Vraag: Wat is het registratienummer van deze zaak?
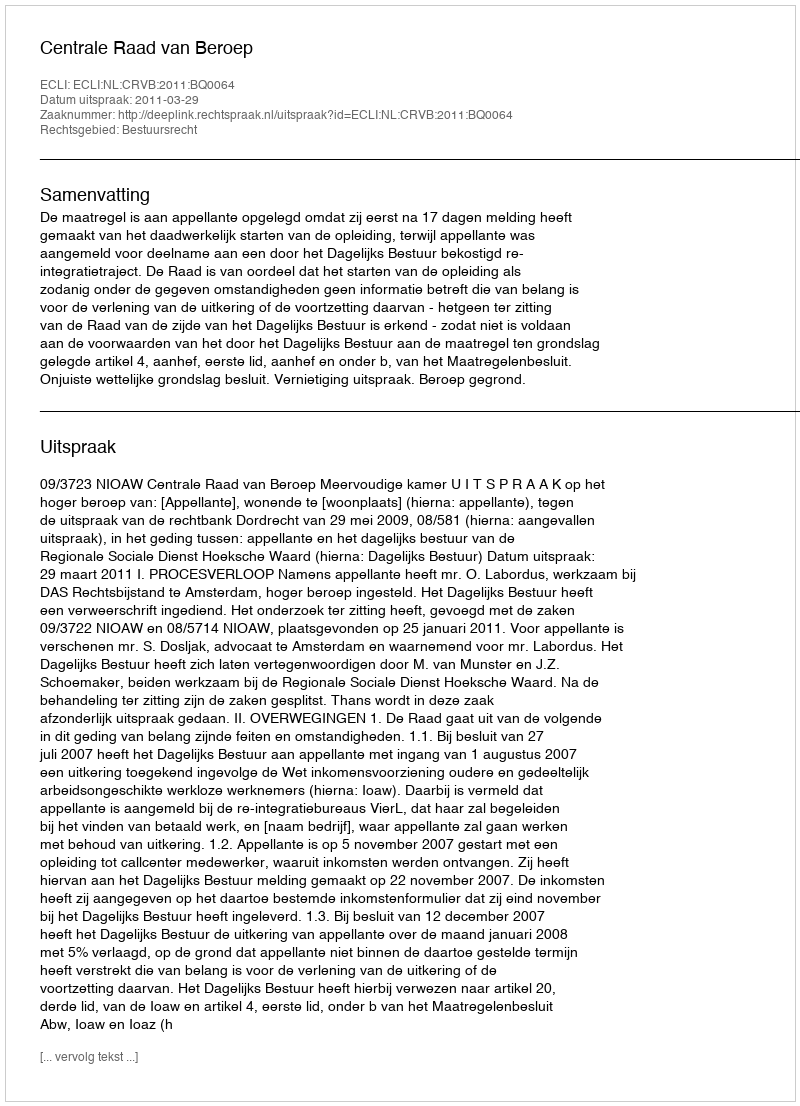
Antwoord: http://deeplink.rechtspraak.nl/uitspraak?id=ECLI:NL:CRVB:2011:BQ0064